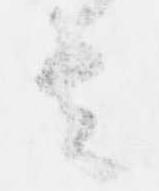
者